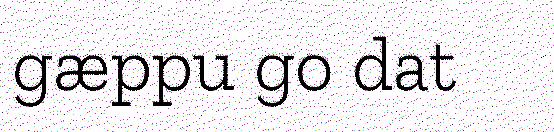
gæppu go dat